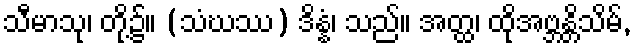
သီမာသု၊ တို့၌။ (သံဃဿ) ဒိန္နံ၊ သည်။ အတ္ထ၊ ထိုအဗ္ဘန္တိသိမ်,